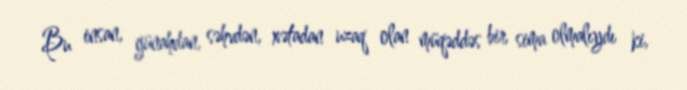
Bu insan, günahdan, səhvdən, xətadan uzaq olan müqəddəs bir sima olmalıydı ki,